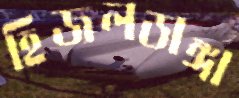
হিজলডাঙ্গা